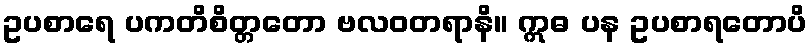
ဥပစာရေ ပကတိစိတ္တတော ဗလဝတရာနိ။ ဣဓ ပန ဥပစာရတောပိ